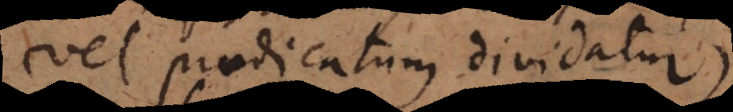
vel praedicatum dividatur,